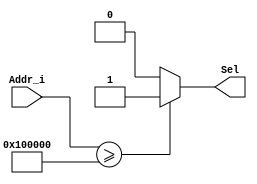
// Coder:     Gustavo Alejandro Solorio Ramos
// Name:            InstrDecode.v

module InstrDecode #(
//======================================================= 
//Parameter declarations
//=======================================================
	parameter MEMORY_DEPTH = 32
)
(
//=======================================================
//  INPUT/OUTPUT declarations
//=======================================================
input [(MEMORY_DEPTH-1):0] Addr_i,
output reg Sel
);
//=======================================================
//  Behavoral Code
//=======================================================
always @ (Addr_i) begin 
	if (Addr_i >= 32'h100_000) //RAM starts here, to be modified
		Sel = 1;
	else 
		Sel = 0;
end 
endmodule